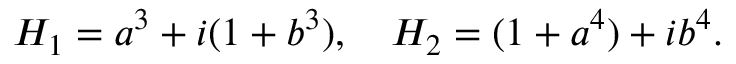
{ \cal H } _ { 1 } = a ^ { 3 } + i ( 1 + b ^ { 3 } ) , \quad { \cal H } _ { 2 } = ( 1 + a ^ { 4 } ) + i b ^ { 4 } .